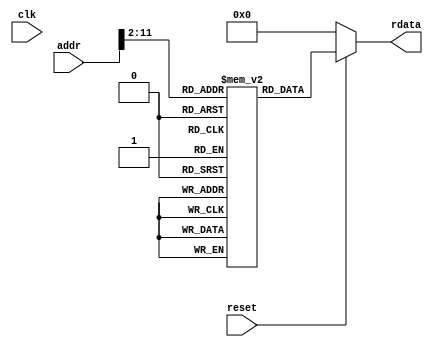
module i_mem (clk,reset,addr,rdata);

input clk, reset;
input[31:0] addr;
output [31:0] rdata;


reg [31:0] mem [1023:0];

initial begin
  mem[0] <= 32'h00123405;

end


assign rdata = (reset == 1'b0) ? 32'h00000000 :mem [addr[31:2]]; 

endmodule